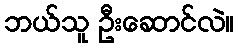
ဘယ်သူ ဦးဆောင်လဲ။